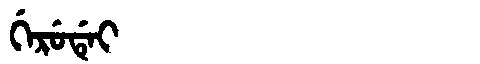
Manchu: ᡤᡝᡵᡠᡩᡝᡳ
Romanization: GERUDEI